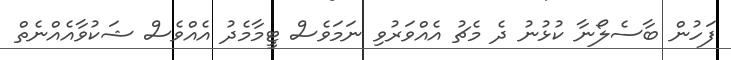
ފަހުން ބާސެލޯނާ ކުޅުނު ދެ މެޗު އެއްވަރުވި ނަމަވެސް ޓީމާމެދު އެއްވެސް ޝަކުވާއެއްނެތް